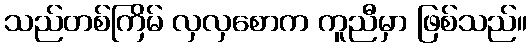
သည်တစ်ကြိမ် လှလှစောက ကူညီမှာ ဖြစ်သည်။